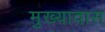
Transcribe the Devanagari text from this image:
मुख्यावास